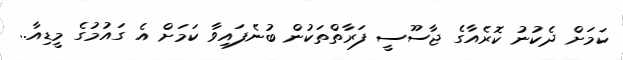
ކަމަށް ދެކުނު ކޮރެއާގެ ޖާސޫސީ ފަރާތްތަކުން ބުނެފައިވާ ކަމަށް އެ ގައުމުގެ މީޑިއާ..